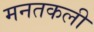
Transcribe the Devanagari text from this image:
मनतकली